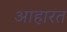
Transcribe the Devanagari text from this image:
आहारत